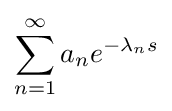
\sum _{n=1}^{\infty }a_{n}e^{-\lambda _{n}s}